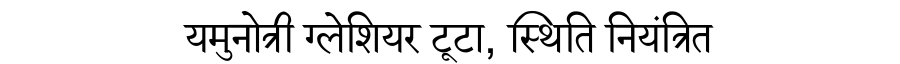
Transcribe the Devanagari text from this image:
यमुनोत्री ग्लेशियर टूटा, स्थिति नियंत्रित